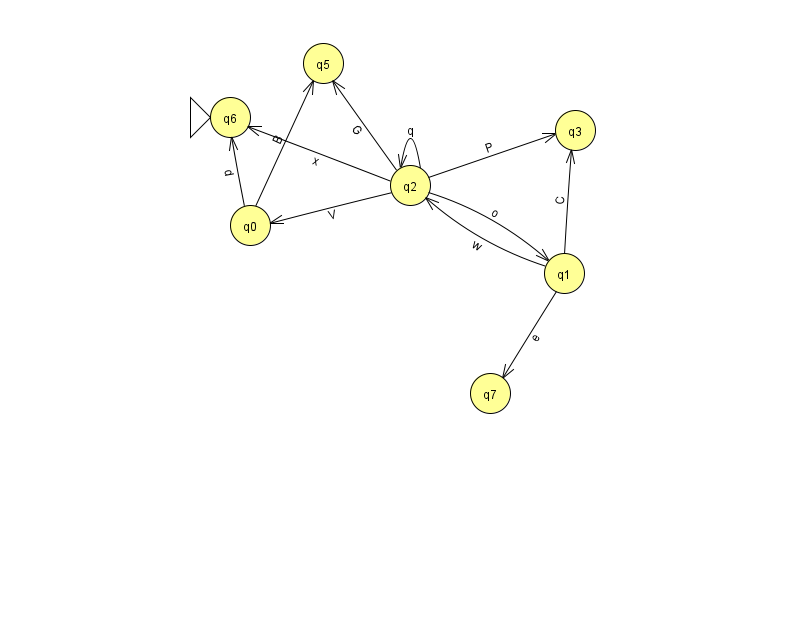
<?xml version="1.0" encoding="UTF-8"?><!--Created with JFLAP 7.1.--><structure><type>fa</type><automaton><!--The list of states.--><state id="0" name="q0"><x>250.0</x><y>212.0</y></state><state id="1" name="q1"><x>564.0</x><y>260.0</y></state><state id="2" name="q2"><x>410.0</x><y>172.0</y></state><state id="3" name="q3"><x>575.0</x><y>117.0</y></state><state id="5" name="q5"><x>323.0</x><y>50.0</y></state><state id="6" name="q6"><x>230.0</x><y>104.0</y><initial/></state><state id="7" name="q7"><x>490.0</x><y>380.0</y></state><!--The list of transitions.--><transition><from>0</from><to>6</to><read>d</read></transition><transition><from>1</from><to>2</to><read>w</read></transition><transition><from>2</from><to>6</to><read>x</read></transition><transition><from>2</from><to>2</to><read>q</read></transition><transition><from>2</from><to>5</to><read>G</read></transition><transition><from>2</from><to>1</to><read>o</read></transition><transition><from>1</from><to>7</to><read>e</read></transition><transition><from>2</from><to>3</to><read>P</read></transition><transition><from>2</from><to>0</to><read>V</read></transition><transition><from>0</from><to>5</to><read>B</read></transition><transition><from>1</from><to>3</to><read>C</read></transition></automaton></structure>